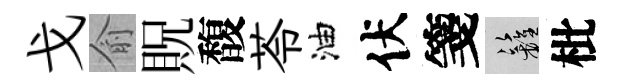
戈俞貺馥苓油伏箋籬枇